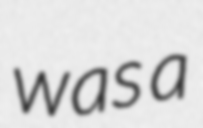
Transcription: was a